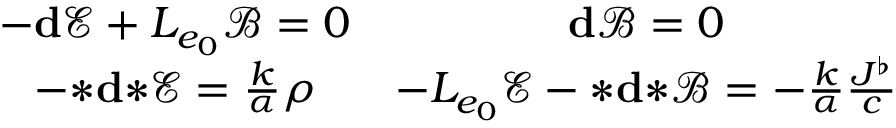
\begin{array} { c c } { - \mathbf { d } \mathscr { E } + L _ { e _ { 0 } } \mathscr { B } = 0 } & { \mathbf { d } \mathscr { B } = 0 } \\ { - { \boldsymbol { * } } \mathbf { d } { \boldsymbol { * } } \mathscr { E } = \frac { k } { \alpha } \rho } & { - L _ { e _ { 0 } } \mathscr { E } - { \boldsymbol { * } } \mathbf { d } { \boldsymbol { * } } \mathscr { B } = - \frac { k } { \alpha } \frac { \boldsymbol { J ^ { \flat } } } { c } } \end{array}